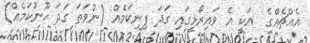
އެއްޗެއްގެ  އަކީ އެ ވައިރޯޅީގައި ގަދަ ފިނިކަމެއް (ނުވަތަ ގަދަ ހޫނުކަމެއް)